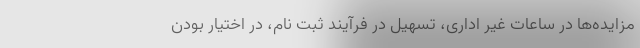
مزایده‌ها در ساعات غیر اداری، تسهیل در فرآیند ثبت نام، در اختیار بودن